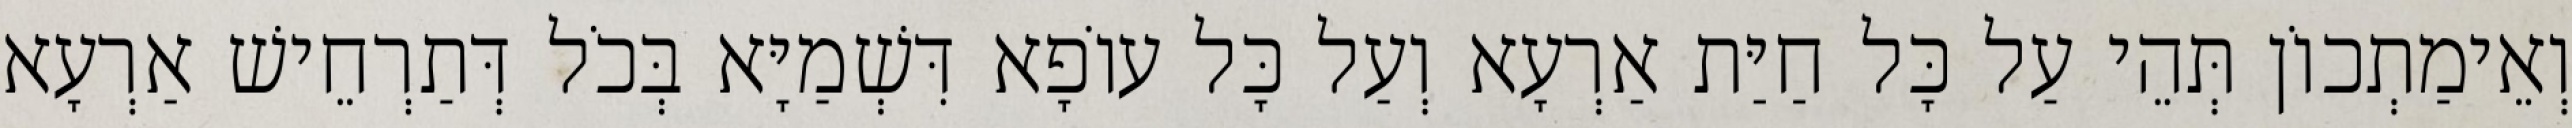
וְאֵימַתְכוֹן תְּהֵי עַל כָּל חַיַּת אַרְעָא וְעַל כָּל עוֹפָא דִּשְׁמַיָּא בְּכֹל דְּתַרְחֵישׁ אַרְעָא